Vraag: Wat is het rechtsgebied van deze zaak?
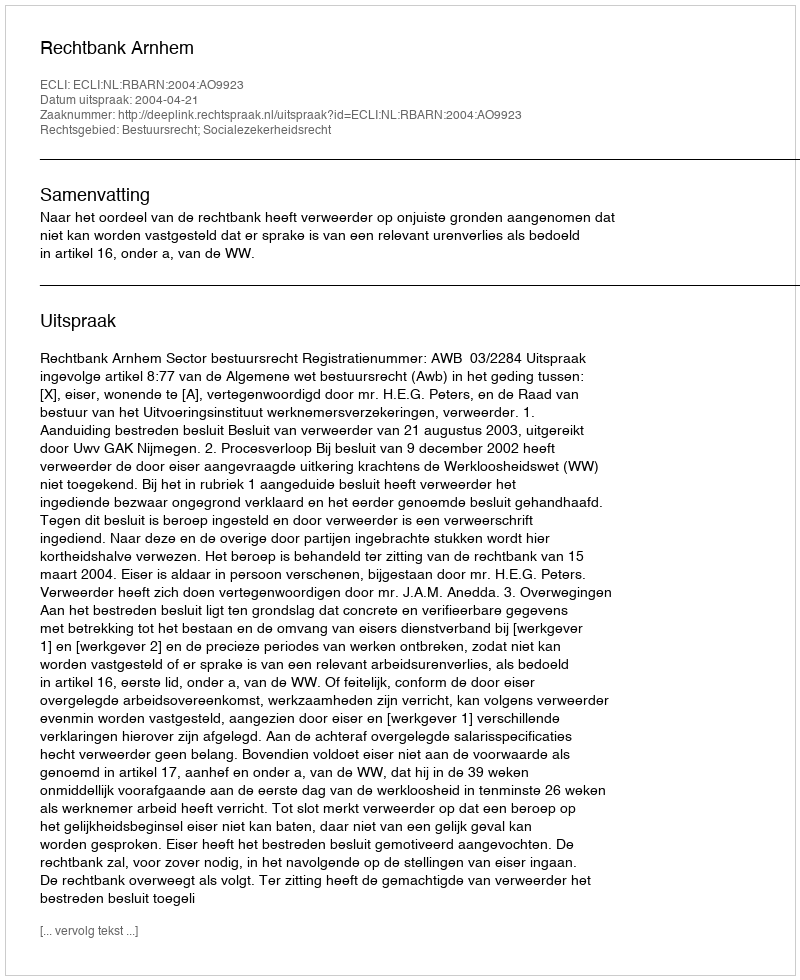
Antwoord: Bestuursrecht; Socialezekerheidsrecht